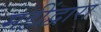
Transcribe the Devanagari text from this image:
महींद्वारा